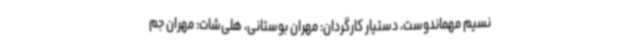
نسیم مهماندوست، دستیار کارگردان: مهران بوستانی، هلی‌شات: مهران جم